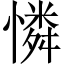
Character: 憐